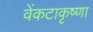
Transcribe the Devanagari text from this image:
वेंकटाकृष्णा